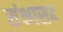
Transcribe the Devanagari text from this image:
संभासद